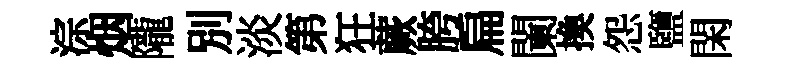
淙烟隴別淡第狂蕨胯扁闌換怨鹽閑